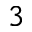
^ { 3 }